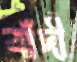
বাঁদী